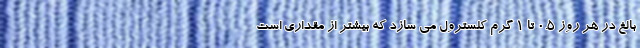
بالغ در هر روز 0.5 تا 1 گرم کلسترول می سازد که بیشتر از مقداری است